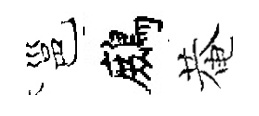
邕鷓菴